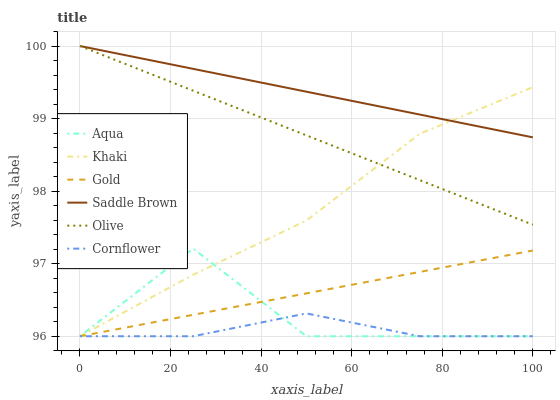
| xaxis_label | Aqua | Khaki | Gold | Saddle Brown | Olive | Cornflower |
 | --- | --- | --- | --- | --- | --- | --- |
 | 0 | 96 | 96 | 96 | 100 | 100 | 96 |
 | 25 | 97.2 | 96.8 | 96.3 | 99.7 | 99.4 | 96 |
 | 50 | 96 | 97.6 | 96.6 | 99.4 | 98.8 | 96.3 |
 | 75 | 96 | 98.8 | 96.9 | 99.1 | 98.2 | 96 |
 | 100 | 96 | 99.4 | 97.2 | 98.7 | 97.5 | 96 |